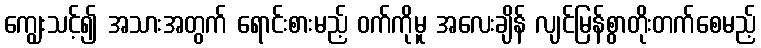
ကျွေးသင့်၍ အသားအတွက် ရောင်းစားမည့် ဝက်ကိုမူ အလေးချိန် လျင်မြန်စွာတိုးတက်စေမည့်